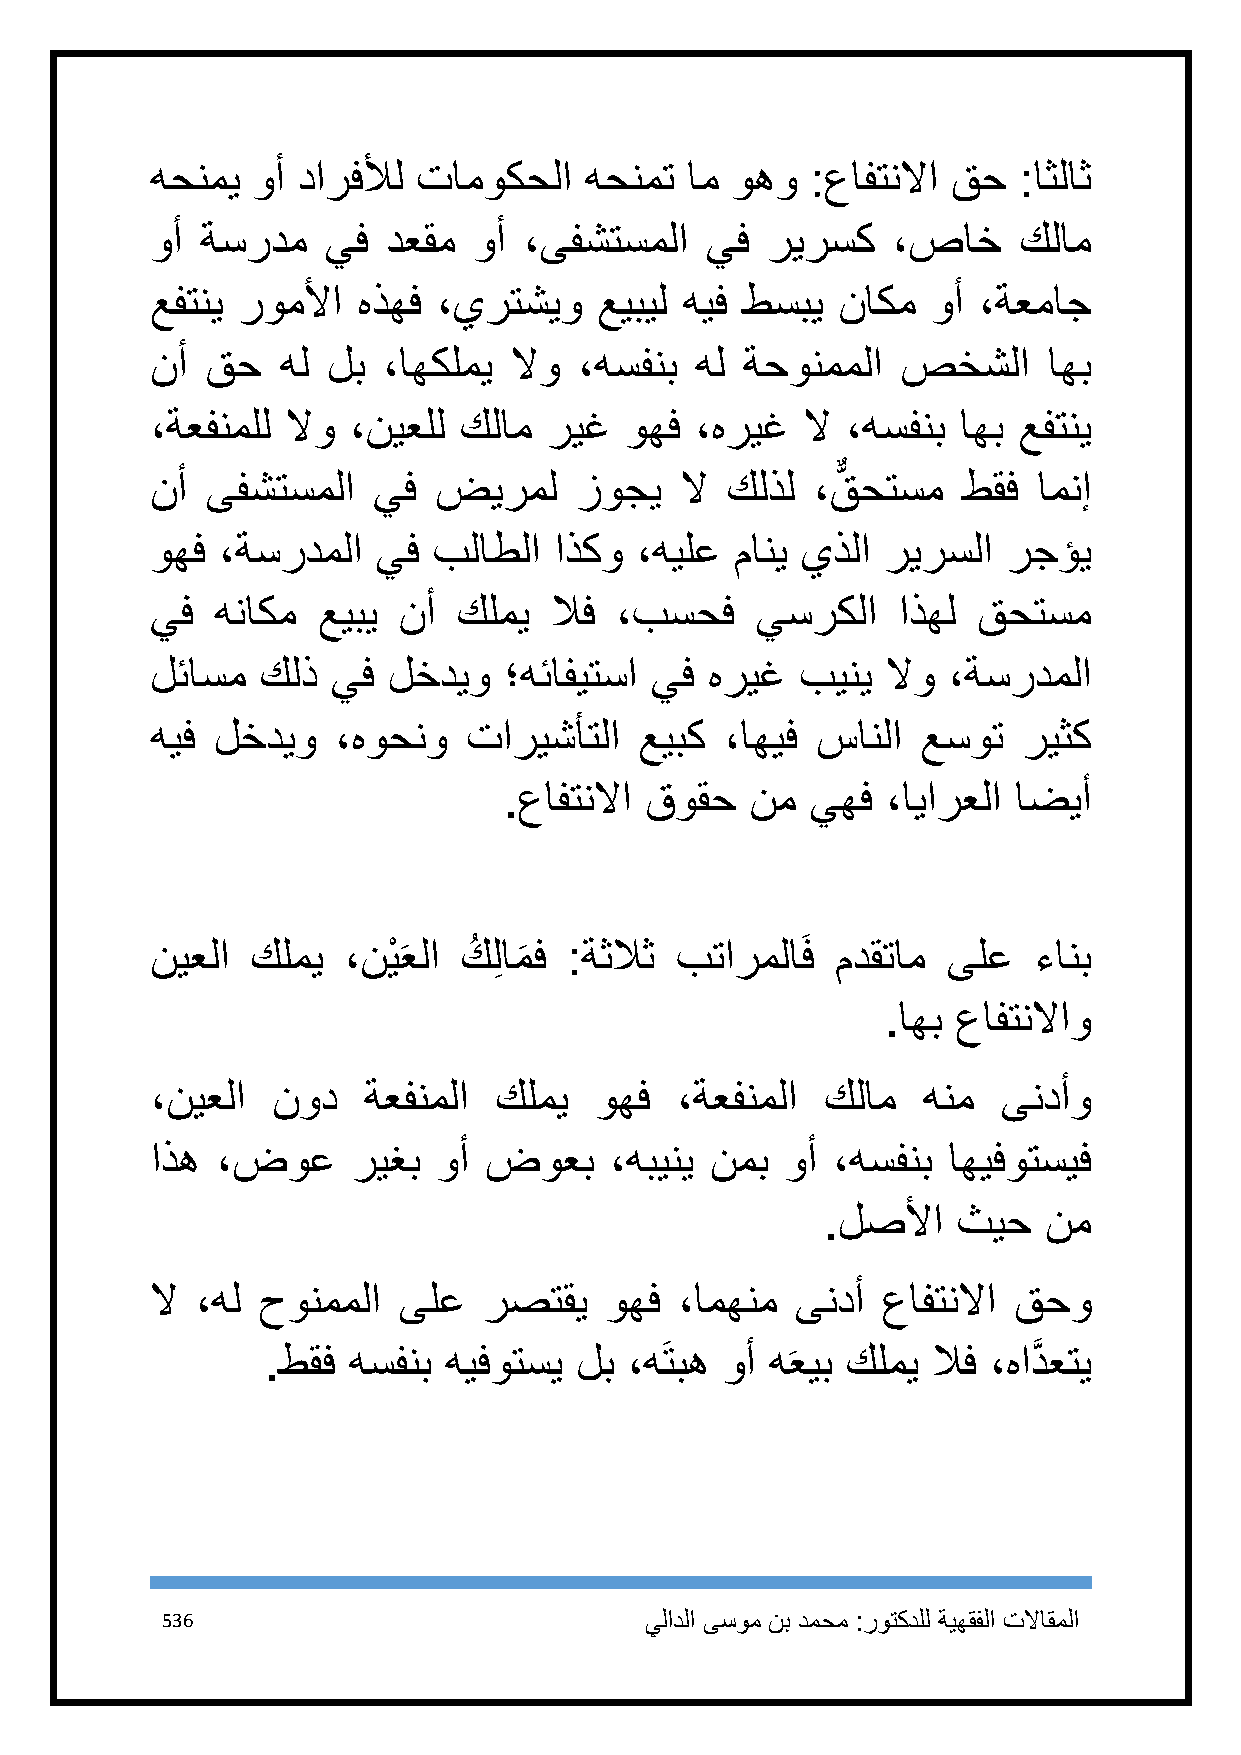
هحنمي  وأ دارفلأل تاموكحلا   هحنمت ام وهو   :عافتنلاا قح :اثلاث
 وأ ةسردم    يف  دعقم وأ  ،ىفشتسملا   يف  ريرسك   ،صاخ    كلام
 عفتني روملأا  هذهف ،يرتشيو    عيبيل هيف طسبي ناكم   وأ ،ةعماج
 نأ  قح   هل لب ،اهكلمي  لاو ،هسفنب  هل ةحونمملا   صخشلا    اهب
 ،ةعفنملل لاو ،نيعلل كلام  ريغ  وهف  ،هريغ  لا ،هسفنب  اهب عفتني
 نأ  ىفشتسملا   يف  ضيرمل    زوجي   لا كلذل  ،قٌّ حتسم طقف  امنإ
 وهف  ،ةسردملا  يف  بلاطلا  اذكو ،هيلع  ماني يذلا ريرسلا  رجؤي
 يف  هناكم  عيبي نأ  كلمي  لاف  ،بسحف    يسركلا   اذهل  قحتسم
 لئاسم  كلذ  يف  لخديو  ؛هئافيتسا يف  هريغ  بيني  لاو ،ةسردملا
 هيف لخديو   ،هوحنو   تاريشأتلا  عيبك  ،اهيف سانلا  عسوت   ريثك
 .عافتنلاا قوقح   نم  يهف  ،ايارعلا اضيأ
 نيعلا  كلمي  ،نيْ َعلا كُ لِ ام
 َ
 ف  :ةثلاث بتارملاَف مدقتام  ىلع  ءانب
 .اهب عافتنلااو
 ،نيعلا  نود   ةعفنملا  كلمي  وهف   ،ةعفنملا  كلام  هنم  ىندأو
 اذه ،ضوع     ريغب  وأ ضوعب    ،هبيني نمب  وأ ،هسفنب  اهيفوتسيف
 .لصلأا  ثيح   نم
 لا ،هل حونمملا  ىلع   رصتقي   وهف  ،امهنم  ىندأ عافتنلاا قحو
 .طقف هسفنب هيفوتسي  لب  ،هَتبه وأ هعيب كلمي لاف ،هادَّ عتي
 َ
 536                             يلادلا ىسوم نب دمحم :روتكدلل ةيهقفلا تلااقملا